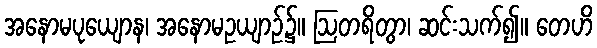
အနောမပုယျောန၊ အနောမဥယျာဉ်၌။ ဩတရိတွာ၊ ဆင်းသက်၍။ တေဟိ